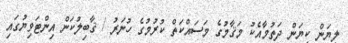
ލިޔަން ކިޔަން ދަތުމާއެކު މަޤާމުގެ މަސައްކަތް ކުރުމުގެ ހުނަރު / ޤާބިލުކަން އިންޓަވިޔުގައި